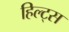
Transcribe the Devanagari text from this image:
हिल्ट्स